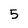
Character: 5